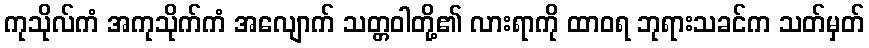
ကုသိုလ်ကံ အကုသိုက်ကံ အလျောက် သတ္တဝါတို့၏ လားရာကို ထာဝရ ဘုရားသခင်က သတ်မှတ်